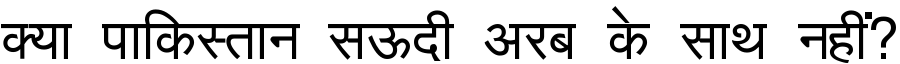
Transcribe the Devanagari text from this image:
क्या पाकिस्तान सऊदी अरब के साथ नहीं?